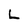
Character: L